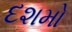
દશમો